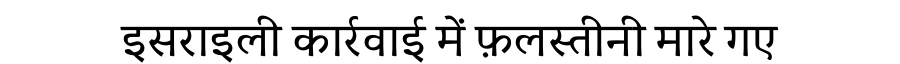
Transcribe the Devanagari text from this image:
इसराइली कार्रवाई में फ़लस्तीनी मारे गए